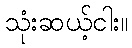
သုံးဆယ့်ငါး။